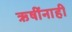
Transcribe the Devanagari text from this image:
ऋषींनाही